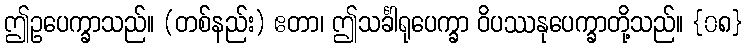
ဤဥပေက္ခာသည်။ (တစ်နည်း) ဧတာ၊ ဤသင်္ခါရုပေက္ခာ ဝိပဿနုပေက္ခာတို့သည်။ {၀၈}